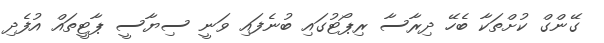
ގޭންގް ކުށްތަކާ ބެހޭ ދިރާސާ ރިޕޯޓުގައި ބުނެފައި ވަނީ ސިޔާސީ ޕާޓީތައް އުފެދި